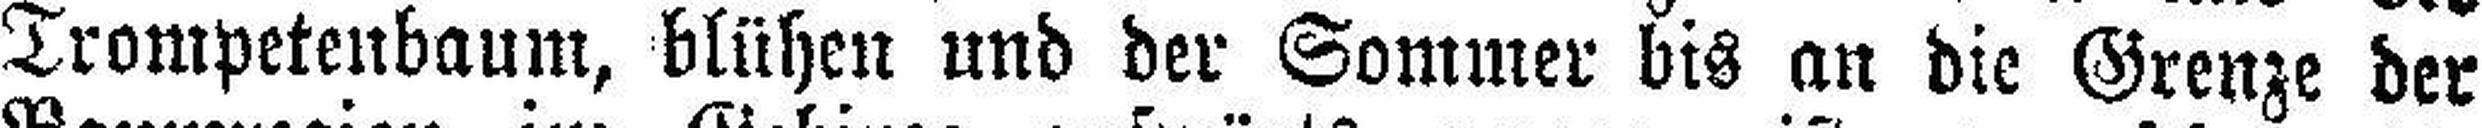
Trompetenbaum, blühen und der Sommer bis an die Grenze der